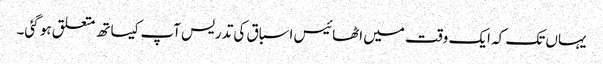
یہاں تک کہ ایک وقت میں اٹھائیس اسباق کی تدریس آپ کیساتھ متعلق ہو گئی۔